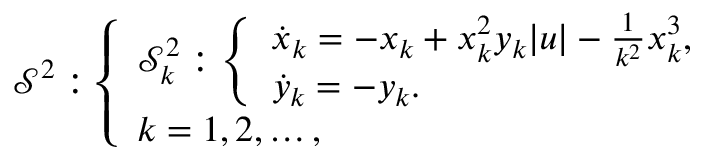
\begin{array} { r } { \ensuremath { \mathcal { S } } ^ { 2 } : \left\{ \begin{array} { l } { \ensuremath { \mathcal { S } } _ { k } ^ { 2 } : \left\{ \begin{array} { l } { \dot { x } _ { k } = - x _ { k } + x _ { k } ^ { 2 } y _ { k } | u | - \frac { 1 } { k ^ { 2 } } x _ { k } ^ { 3 } , } \\ { \dot { y } _ { k } = - y _ { k } . } \end{array} \right. } \\ { k = 1 , 2 , \ldots , } \end{array} \right. } \end{array}